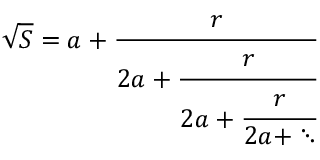
{ \sqrt { S } } = a + { \cfrac { r } { 2 a + { \cfrac { r } { 2 a + { \cfrac { r } { 2 a + \ddots } } } } } }